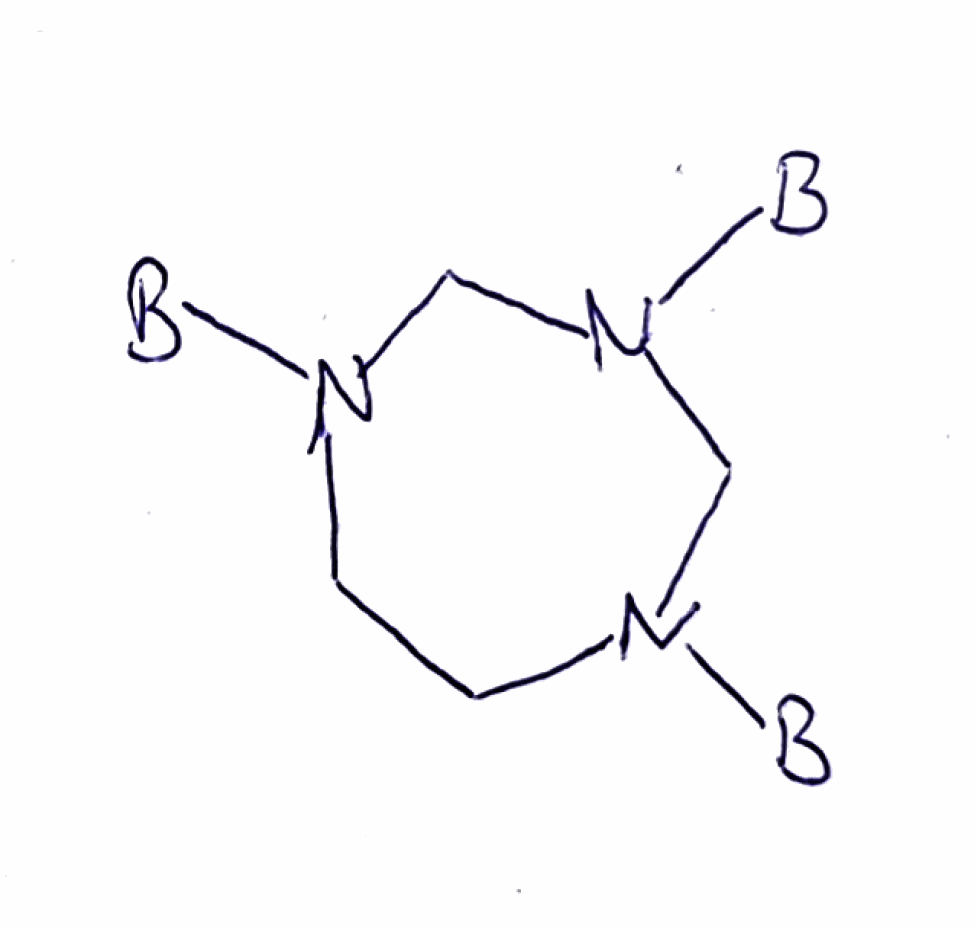
Simplified molecular-input line-entry system (SMILES) notation of the given molecule:
[B]N1CCN(CN(C1)[B])[B]